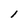
Character: l